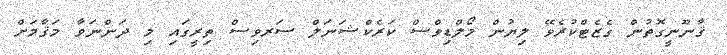
ޤާނޫނީގޮތުން ގެޒެޓްކުރެވޭ ލިޔުން މޯލްޑިވްސް ކަރެކްޝަނަލް ސަރވިސް ތިރީގައި މި ދަންނަވާ މަޤާމަށް